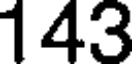
143